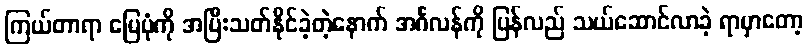
ကြယ်တာရာ မြေပုံကို အပြီးသတ်နိုင်ခဲ့တဲ့နောက် အင်္ဂလန်ကို ပြန်လည် သယ်ဆောင်လာခဲ့ ရာမှာတော့